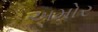
અમોર